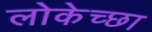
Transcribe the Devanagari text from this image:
लोकेच्छा